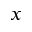
x